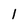
Character: 1